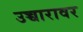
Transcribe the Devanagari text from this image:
उच्चारावर